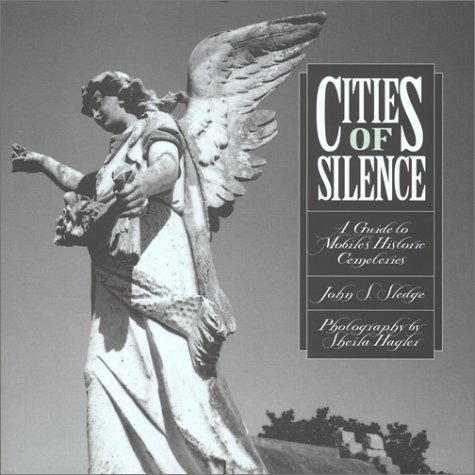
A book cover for Cities of Silence: A Guide to Mobile's Historic Cemeteries; John Sledge; Travel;